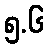
၅.၆